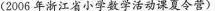
(2006年浙江省小学数学活动课夏令营)